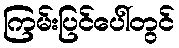
ကြမ်းပြင်ပေါ်တွင်